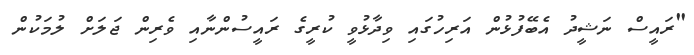
"ރައީސް ނަޝީދު އެބޭފުޅުން އަރިހުގައި ވިދާޅުވީ ކުރީގެ ރައީސުންނާއި ވެރިން ޖަލަށް ލުމަކުން